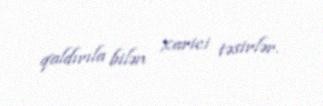
qaldırıla bilən xarici təsirlər.